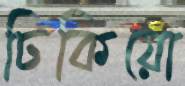
ঢিকিয়ো